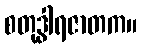
စတုဒွါရဇာတက။